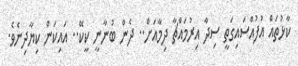
ކާޅުތައް އުފުއްސައިގަތީ ސިދާ އިރުމައްޗާ ދިމާއަށް.. ދެެން ބުނާނީ ކީކޭ.. އައިކަން ކިޔާދިނެވެ.